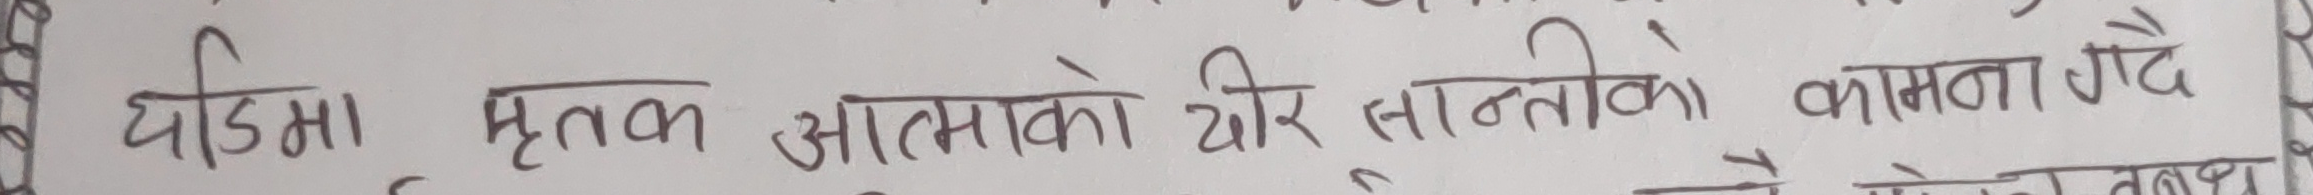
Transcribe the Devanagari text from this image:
घडिमा मृतक आत्माको थिर तान्नेको कामता गदै